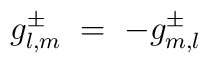
g^\pm_{l,m} \;=\; -g^\pm_{m,l}